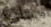
مسلي